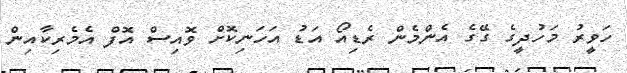
ހަވީރު މަހުދީގެ ގޭގެ އެންމެން ރެޑިއޯ އަޑު އަހަނިކޮށް ވޮއިސް އޮފް އެމެރިކާއިން